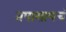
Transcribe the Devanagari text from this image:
तपासायचं